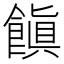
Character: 𩝻